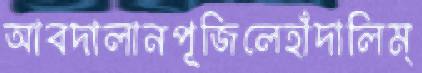
আবদালানপূজিলেহাঁদালিম্